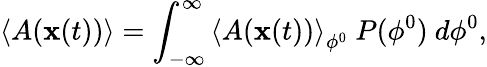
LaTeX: \left\langle A(\mathbf{x}(t))\right\rangle=\int_{-\infty}^{\infty}\left\langle A(\mathbf{x}(t))\right\rangle_{\phi^{0}}\ P(\phi^{0})~d\phi^{0},